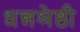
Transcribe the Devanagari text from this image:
धन्नश्रेष्ठी